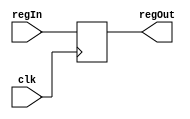
module ALUBuffer(
input wire clk,
	input wire [31:0] regIn,
	output reg [31:0] regOut
	);

	always @(posedge clk)
		begin
			regOut <= regIn;
	end
endmodule